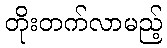
တိုးတက်လာမည့်